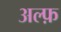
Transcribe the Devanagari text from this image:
अल्फ़